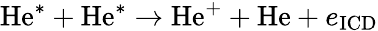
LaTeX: \mathrm{He}^{*}+\mathrm{He}^{*}\xrightarrow{}\mathrm{He}^{+}+\mathrm{He}+e_{\mathrm{ICD}}